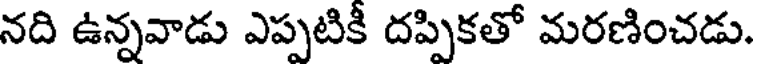
నది ఉన్నవాడు ఎప్పటికీ దప్పికతో మరణించడు.